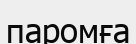
паромға